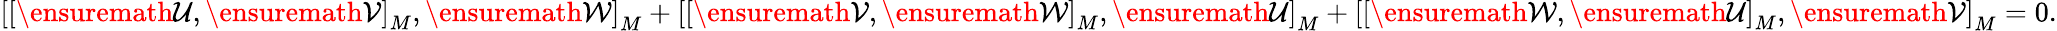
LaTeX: \begin{array}{r}{\left[\left[\ensuremath{\mathcal{U}},\ensuremath{\mathcal{V}}\right]_{M},\ensuremath{\mathcal{W}}\right]_{M}+\left[\left[\ensuremath{\mathcal{V}},\ensuremath{\mathcal{W}}\right]_{M},\ensuremath{\mathcal{U}}\right]_{M}+\left[\left[\ensuremath{\mathcal{W}},\ensuremath{\mathcal{U}}\right]_{M},\ensuremath{\mathcal{V}}\right]_{M}=0.}\end{array}